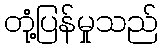
တုံ့ပြန်မှုသည်